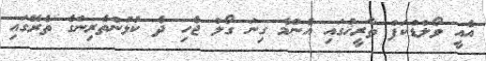
އެއީ ވޯލްޑްކަޕް ތާރީޚުގައި އެންމެ ގިނަ ގޯލް ޖެހި ދެ ކުޅުންތެރިންގެ ތެރޭގައި